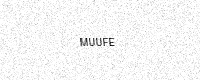
Text: MUUFE